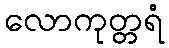
လောကုတ္တရံ